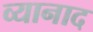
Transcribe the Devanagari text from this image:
व्यानाद